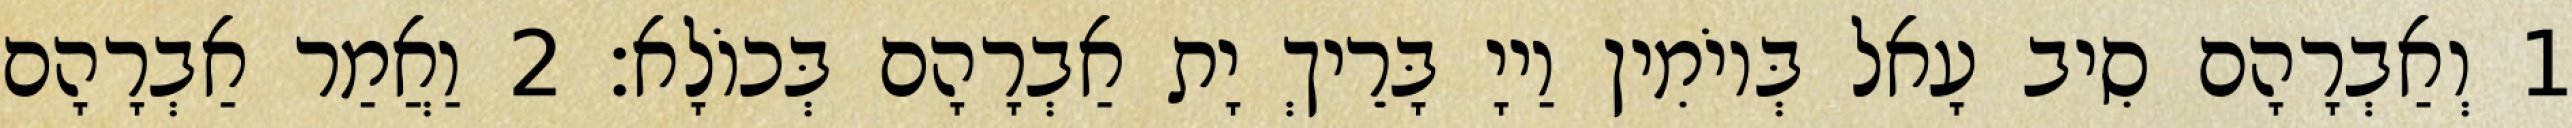
1 וְאַבְרָהָם סִיב עָאל בְּיוֹמִין וַייָ בָּרֵיךְ יָת אַבְרָהָם בְּכוֹלָא׃ 2 וַאֲמַר אַבְרָהָם